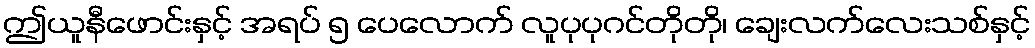
ဤယူနီဖောင်းနှင့် အရပ် ၅ ပေလောက် လူပုပုဂင်တိုတို၊ ချေးလက်လေးသစ်နှင့်